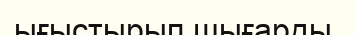
ығыстырып шығарды.